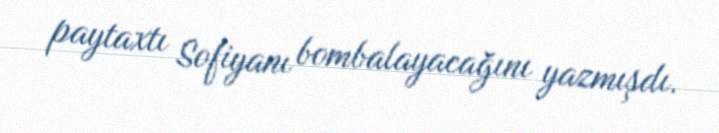
paytaxtı Sofiyanı bombalayacağını yazmışdı.